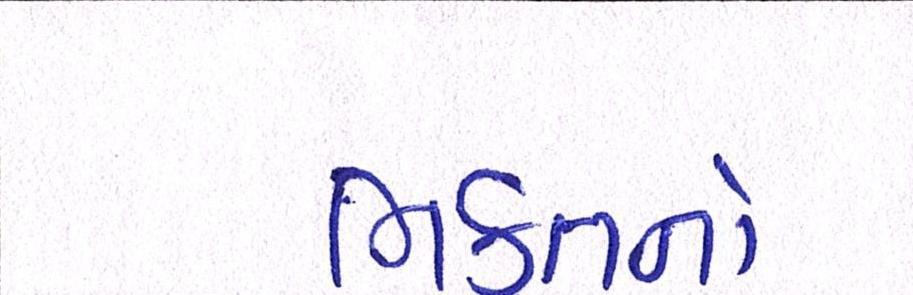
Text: ભક્તનો